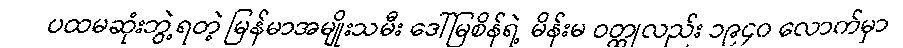
ပထမဆုံးဘွဲ့ရတဲ့ မြန်မာအမျိုးသမီး ဒေါ်မြစိန်ရဲ့ မိန်းမ ဝတ္ထုလည်း ၁၉၄၀ လောက်မှာ